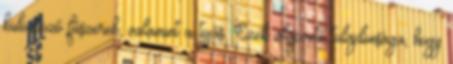
különböző fűszerek, valamint a tojás. Ezek alapvető tulajdonsága, hogy